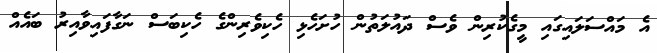
އެ މައްސަލައިގައި މީގެކުރިން ވެސް ދައުލަތުން ހުށަހެޅި ހެކިވެރިންގެ ހެކިބަސް ނަގާފައިވާއިރު ބައެއް